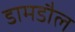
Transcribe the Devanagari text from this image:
डामडौल